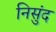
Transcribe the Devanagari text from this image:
निसुंद